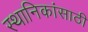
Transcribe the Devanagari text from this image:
स्थानिकांसाठी